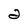
Character: 2